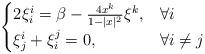
LaTeX: \begin{align*} \begin{cases} 2\xi^i_i=\beta-\frac{4x^k}{1-|x|^2}\xi^k, & \forall i\\ \xi^i_j+\xi^j_i=0, & \forall i\not=j \end{cases} \end{align*}